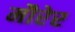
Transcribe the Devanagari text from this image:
मौरेर